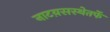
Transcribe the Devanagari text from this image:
नाटय़सस्थेतर्फे